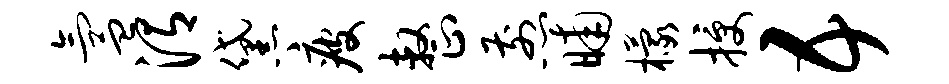
氲渭黛疲整煎晡檬授五